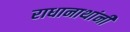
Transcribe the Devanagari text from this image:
राधानाथांनी